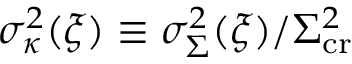
\sigma _ { \kappa } ^ { 2 } ( \boldsymbol { \xi } ) \equiv \sigma _ { \Sigma } ^ { 2 } ( \boldsymbol { \xi } ) / \Sigma _ { \mathrm { c r } } ^ { 2 }